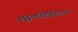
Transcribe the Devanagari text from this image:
प्रसूतिविज्ञान